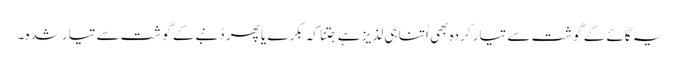
یہ گائے کے گوشت سے تیار کردہ بھی اُتنا ہی لذیز ہے جِتنا کہ بکرے یا پھر دُنبےکے گوشت سے تیارشدہ ۔